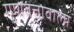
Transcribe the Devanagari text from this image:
गुणवत्तावाला